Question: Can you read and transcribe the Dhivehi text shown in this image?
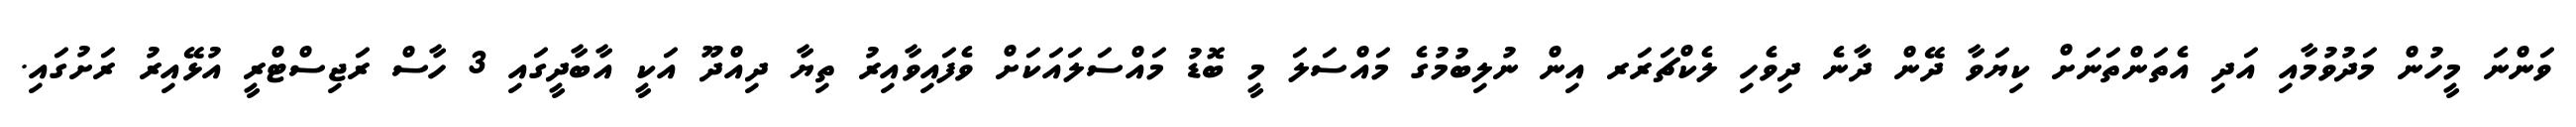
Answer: ވަންނަ މީހުން މަދުވުމާއި އަދި އެތަންތަނަށް ކިޔަވާ ދޭން ދާނެ ދިވެހި ލެކްޗަރަރ އިން ނުލިބުމުގެ މައްސަލަ މީ ބޮޑު މައްސަލައަކަށް ވެފައިވާއިރު ތިޔާ ދިއްދޫ އަކީ އާބާދީގައި 3 ހާސް ރަޖިސްޓްރީ އުޅޭއިރު ރަށުގައި.